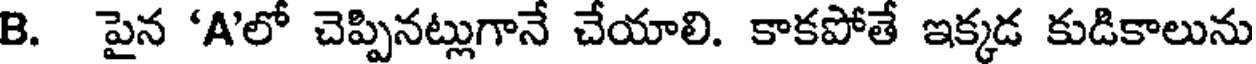
B. పైన 'A'లో చెప్పినట్లుగానే చేయాలి. కాకపోతే ఇక్కడ కుడికాలును